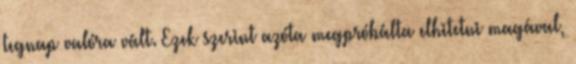
tegnap valóra vált. Ezek szerint azóta megpróbálta elhitetni magával,